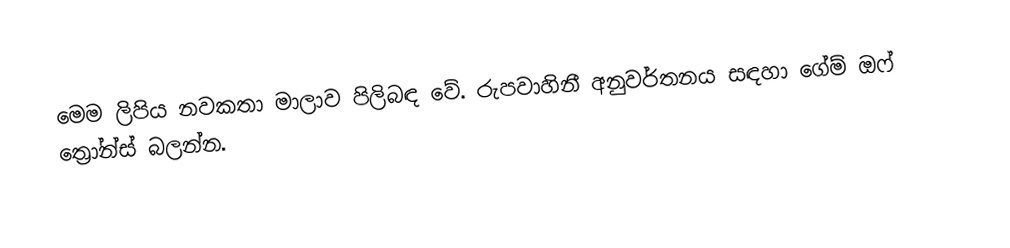
මෙම ලිපිය නවකතා මාලාව පිලිබඳ වේ. රුපවාහිනී අනුවර්තනය සඳහා ගේම් ඔෆ් ත්‍රෝන්ස් බලන්න.